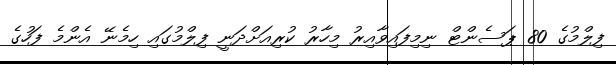
ފިލްމުގެ 80 ޕަސެންޓް ނިމިފައިވާއިރު މިހާރު ކުރިއަށްދަނީ ފިލްމުގައި ހިމެނޭ އެންމެ ފަހުގެ